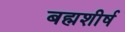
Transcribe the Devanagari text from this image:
बह्मशीर्ष